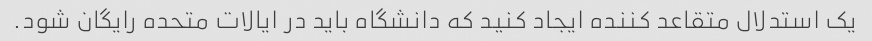
یک استدلال متقاعد کننده ایجاد کنید که دانشگاه باید در ایالات متحده رایگان شود.